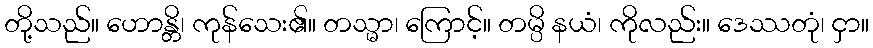
တို့သည်။ ဟောန္တိ၊ ကုန်သေး၏။ တသ္မာ၊ ကြောင့်။ တမ္ပိ နယံ၊ ကိုလည်း။ ဒေဿတုံ၊ ငှာ။